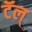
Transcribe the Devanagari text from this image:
टॅल्